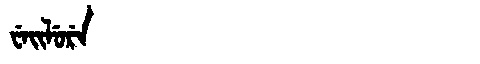
Manchu: ᠸᡝᡳᠯᡠᡵᡝ
Romanization: WEILURE